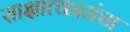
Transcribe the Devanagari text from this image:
साक्षात्कारांचा